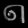
Digit: ၈